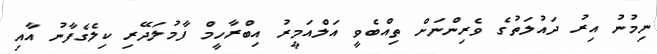
ނިމުނު އިރު ދައުލަތުގެ ވެރިންނަށް ތިއްބެވީ އަލްއަމީރު އިބްރާހީމް ފާމުލަދޭރި ކިލެގެފާނު އާއި